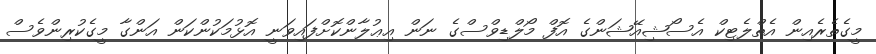
މީގެތެރެއިން އެތްލެޓިކް އެސޯޝިއޭޝަންގެ އޮފް މޯލްޑިވްސްގެ ނަން އިޢުލާންކޮށްފައިވަނީ އޮޅުމަކުންކަން އަންގާ މީގެކުރިންވެސް